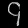
Digit: ၄